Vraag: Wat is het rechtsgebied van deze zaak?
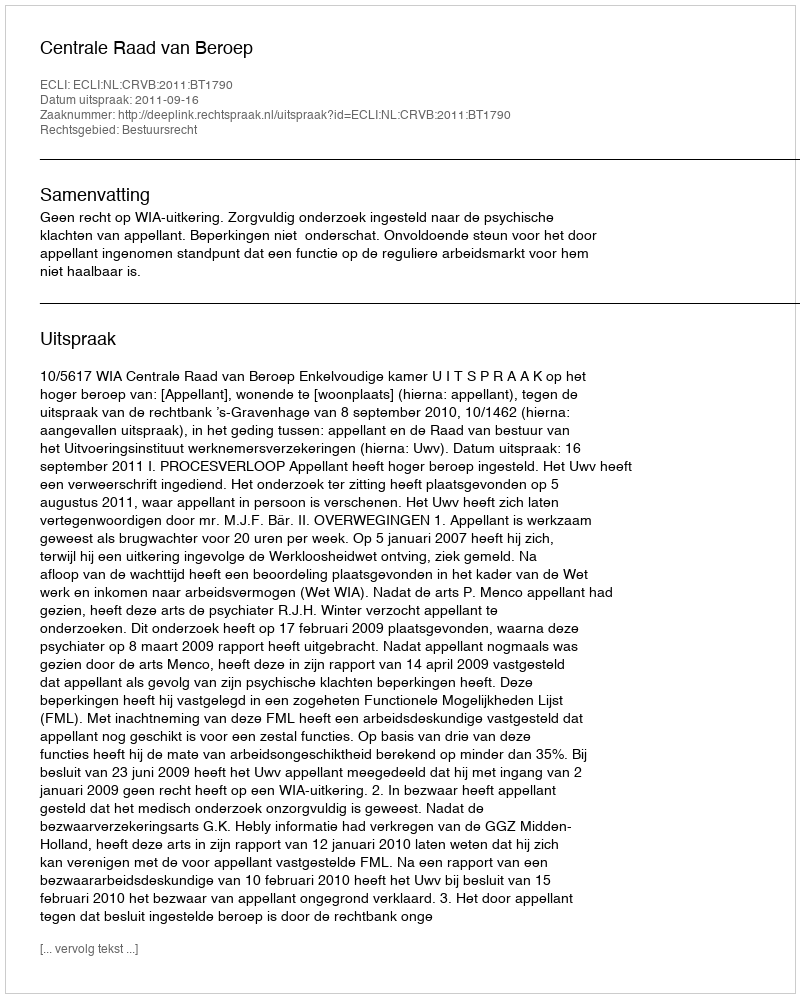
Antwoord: Bestuursrecht